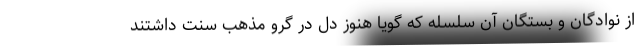
از نوادگان و بستگان آن سلسله که گویا هنوز دل در گرو مذهب سنت داشتند